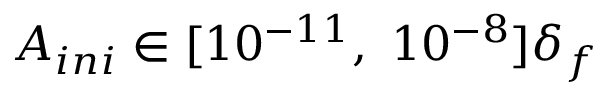
A _ { i n i } \in [ 1 0 ^ { - 1 1 } , ~ 1 0 ^ { - 8 } ] \delta _ { f }